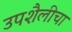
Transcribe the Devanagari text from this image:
उपशैलीचा